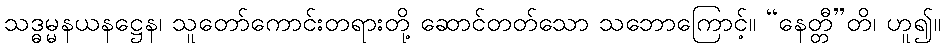
သဒ္ဓမ္မနယနဋ္ဌေန၊ သူတော်ကောင်းတရားတို့ ဆောင်တတ်သော သဘောကြောင့်။ “နေတ္တီ”တိ၊ ဟူ၍။